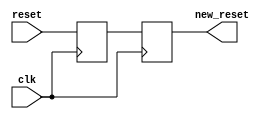
/* Axelou Olympia
 * oaxelou@uth.gr 
 * 2161
 * 
 * ce430
 * Project1: 7-Segment display
 *
 * Part B: 4-char message display (static)
 *
 * reset_synchronizer: Synchronizes raw reset signal
 * 
 * input : clk, reset
 * output: syncronized reset
 *
 * Implementation: 
 *   Uses 2 flip-flops. 
 *   The first one is to ensure that there will be no setup problem
 *   and the second one is for the metastability.
 */

module reset_synchronizer(clk, reset, new_reset);
	input clk, reset;
	output new_reset;
	
	reg new_reset, f1_output;

	always @(posedge clk) 
		new_reset = f1_output;

	always @(posedge clk) 
		f1_output = reset;

endmodule